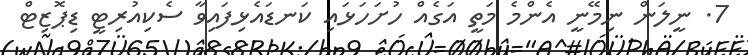
7. ނީލަން ނިމޭނީ އެންމެ މަތީ އަގެއް ހުށަހަޅައި ކަނޑައެޅިފައިވާ ސެކިއުރިޓީ ޑިޕޮޒިޓް